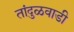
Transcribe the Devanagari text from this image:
तांदुळवाडी